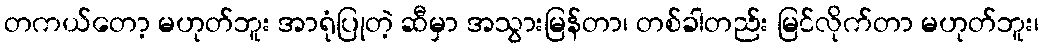
တကယ်တော့ မဟုတ်ဘူး အာရုံပြုတဲ့ ဆီမှာ အသွားမြန်တာ၊ တစ်ခါတည်း မြင်လိုက်တာ မဟုတ်ဘူး၊